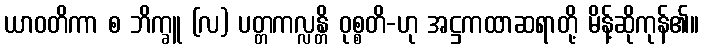
ယာဝတိကာ စ ဘိက္ခူ (လ) ပတ္တကလ္လန္တိ ဝုစ္စတိ-ဟု အဋ္ဌကထာဆရာတို့ မိန့်ဆိုကုန်၏။